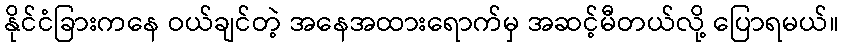
နိုင်ငံခြားကနေ ဝယ်ချင်တဲ့ အနေအထားရောက်မှ အဆင့်မီတယ်လို့ ပြောရမယ်။